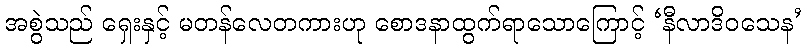
အစွဲသည် ရှေးနှင့် မတန်လေတကားဟု စောဒနာထွက်ရာသောကြောင့် ‘နီလာဒိဝသေန’